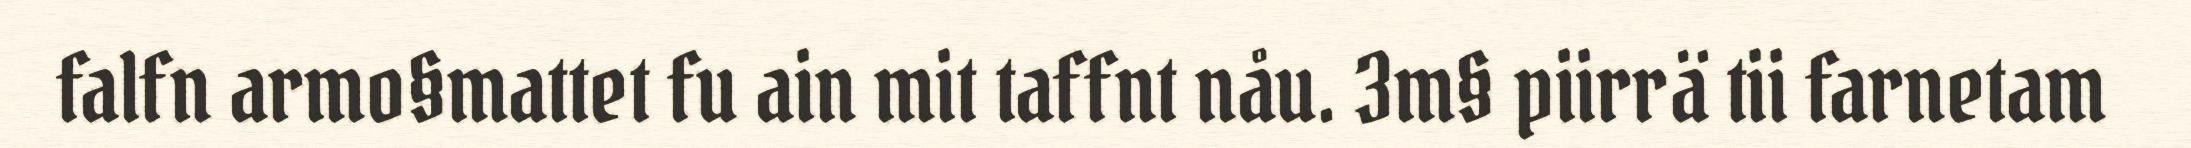
falfn armo§mattet fu ain mit taffnt nåu. 3m§ piirrä tii farnetam